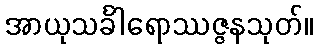
အာယုသင်္ခါရောဿဇ္ဇနသုတ်။